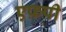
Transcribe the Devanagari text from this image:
एफ़पी